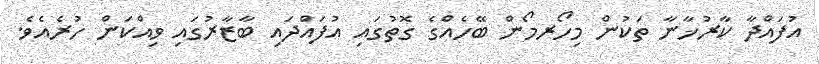
އުފައްދާ ކާރުޚާނާ ތަކުން މިހޯރމޯން ބޭހެއްގެ ގޮތުގައި އުފައްދައި ބާޒާރުގައި ވިއްކަން ހުރެއެވެ.